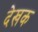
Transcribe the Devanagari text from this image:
देखक